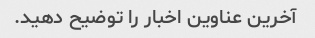
آخرین عناوین اخبار را توضیح دهید.